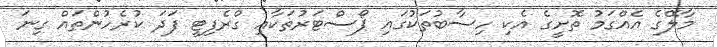
މާލޭގެ އެއްގަމު ތޮށީގެ އެކި ހިސާބުތަކުގައި ޕޯސްޓަރުތަކާއި ގްރެފިޓީ ފަދަ ކުރެހުންތައް ގިނަ